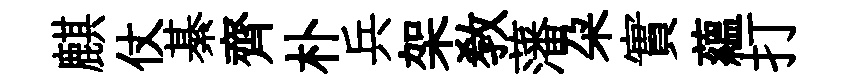
麒仗綦齊朴兵架敎藩朶實藴打